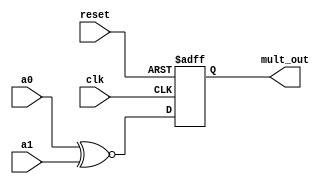
/* Generated by Yosys 0.27+22 (git sha1 53c0a6b78, clang 11.0.1-2 -fPIC -Os) */

module mult3(clk, reset, a0, a1, mult_out);
  wire [6:0] _0_;
  reg [6:0] _1_;
  input [6:0] a0;
  wire [6:0] a0;
  input [6:0] a1;
  wire [6:0] a1;
  input clk;
  wire clk;
  output [6:0] mult_out;
  wire [6:0] mult_out;
  input reset;
  wire reset;
  assign _0_ = a0 ~^ a1;
  always @(posedge clk, posedge reset)
    if (reset) _1_ <= 7'h00;
    else _1_ <= _0_;
  assign mult_out = _1_;
endmodule